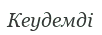
Кеудемді